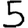
Digit: 5